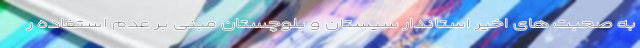
به صحبت های اخیر استاندار سیستان و بلوچستان مبنی بر عدم استفاده ر